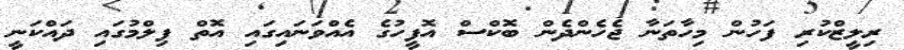
ރިލީޒްކުރި ފަހުން މިހާތަނާ ޖެހެންދެން ބޮކްސް އޮފީހުގެ އެއްވަނައިގައި އޮތް ފިލްމުގައި ދައްކަނީ